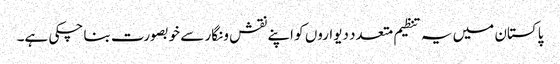
پاکستان میں یہ تنظیم متعدد دیواروں کو اپنے نقش و نگار سے خوبصورت بنا چکی ہے۔